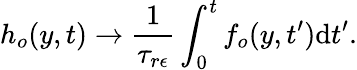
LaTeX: h_{o}(y,t)\rightarrow\frac{1}{\tau_{r\epsilon}}\int_{0}^{t}{f_{o}(y,t^{\prime})\mathrm{d}t^{\prime}}.